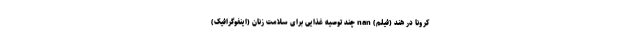
کرونا در هند (فیلم) nan چند توصیه غذایی برای سلامت زنان (اینفوگرافیک)